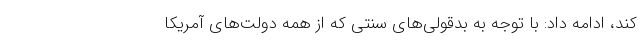
کند، ادامه داد: با توجه به بدقولی‌های سنتی که از همه دولت‌های آمریکا